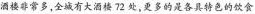
酒楼非常多，全城有大酒楼72处，更多的是各具特色的饮食